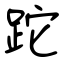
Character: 跎